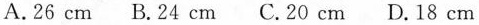
A.26 cm B.24 cm C.20 cm D.18 cm